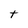
Character: t